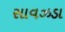
સાવઝડા